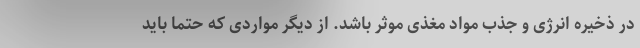
در ذخیره انرژی و جذب مواد مغذی موثر باشد. از دیگر مواردی که حتما باید